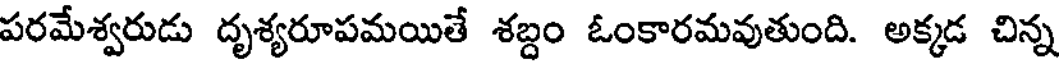
పరమేశ్వరుడు దృశ్యరూపమయితే శబ్దం ఓంకారమవుతుంది. అక్కడ చిన్న